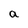
Character: a